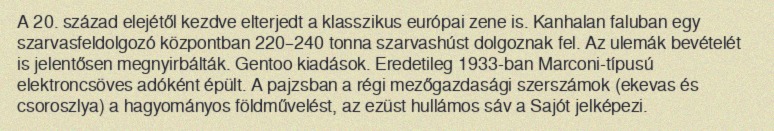
A 20. század elejétől kezdve elterjedt a klasszikus európai zene is. Kanhalan faluban egy szarvasfeldolgozó központban 220–240 tonna szarvashúst dolgoznak fel. Az ulemák bevételét is jelentősen megnyirbálták. Gentoo kiadások. Eredetileg 1933-ban Marconi-típusú elektroncsöves adóként épült. A pajzsban a régi mezőgazdasági szerszámok (ekevas és csoroszlya) a hagyományos földművelést, az ezüst hullámos sáv a Sajót jelképezi.